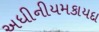
અધીનીયમકાયદા